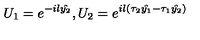
U _ { 1 } = e ^ { - i l \hat { y _ { 2 } } } , U _ { 2 } = e ^ { i l ( \tau _ { 2 } \hat { y _ { 1 } } - \tau _ { 1 } \hat { y _ { 2 } } ) }